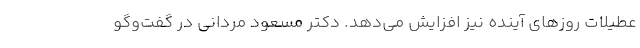
عطیلات روزهای آینده نیز افزایش می‌دهد. دکتر مسعود مردانی در گفت‌وگو